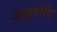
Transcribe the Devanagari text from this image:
आयुवोदि